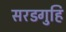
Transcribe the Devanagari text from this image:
सरडगुहि